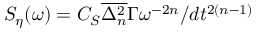
S _ { \eta } ( \omega ) = C _ { S } \overline { { \Delta _ { n } ^ { 2 } } } \Gamma \omega ^ { - 2 n } / d t ^ { 2 ( n - 1 ) }